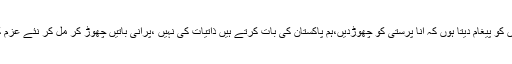
ان کا کہنا تھا کہ پی ٹی آئی کے دوستوں کو پیغام دیتا ہوں کہ انا پرستی کو چھوڑدیں،ہم پاکستان کی بات کرتے ہیں ذاتیات کی نہیں ،پرانی باتیں چھوڑ کر مل کر نئے عزم کے ساتھ ملک کی خدمت کرنی چاہیے۔